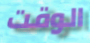
الوقت